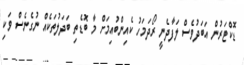
ޑޮކްޓަރުން އަބަދުވެސް ލަފާދެނީ ރޯދަމަހު ކެއިންބުއިމަށް މާ ބޮޑެތި ބަދަލުތަކެއް ނުގެނެސް ވަކި